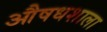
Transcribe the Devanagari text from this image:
औषधशाला